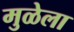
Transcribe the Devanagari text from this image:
मुळेला